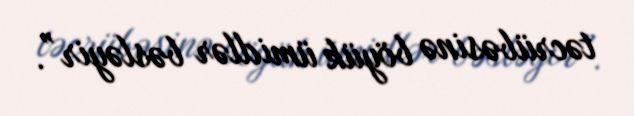
təcrübəsinə böyük ümidlər bəsləyir”.